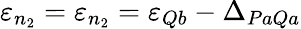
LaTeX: \varepsilon_{n_{2}}=\varepsilon_{n_{2}}=\varepsilon_{Qb}-\Delta_{PaQa}